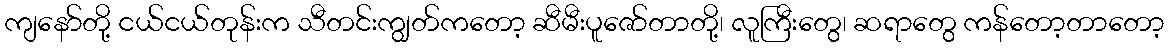
ကျနော်တို့ ငယ်ငယ်တုန်းက သီတင်းကျွတ်ကတော့ ဆီမီးပူဇော်တာတို့၊ လူကြီးတွေ၊ ဆရာတွေ ကန်တော့တာတော့